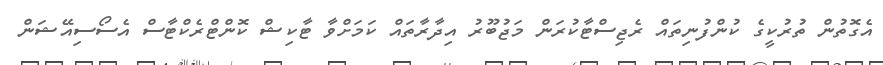
އެގޮތުން ތުރުކީގެ ކުންފުނިތައް ރެޖިސްޓާކުުރަން މަޖުބޫރު އިދާރާތައް ކަމަށްވާ ޓާކިޝް ކޮންޓްރެކްޓާސް އެސޯސިއޭޝަން